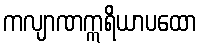
ကလျာဏဣရိယာပထော